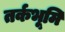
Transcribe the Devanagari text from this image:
तर्कभूमि